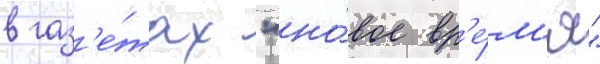
в газ'е́тах "но́вое вр'е́м'я"